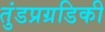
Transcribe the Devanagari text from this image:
तुंडप्रग्रडिकी